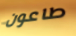
طاعون